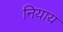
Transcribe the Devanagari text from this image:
नियाय